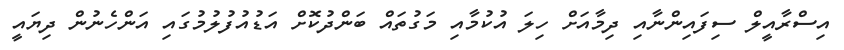
އިސްރާއީލް ސިފައިންނާއި ދިމާއަށް ހިލަ އުކުމާއި މަގުތައް ބަންދުކޮށް އަޑުއުފުލުމުގައި އަންހެނުން ދިޔައީ